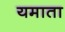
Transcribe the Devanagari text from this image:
यमाता